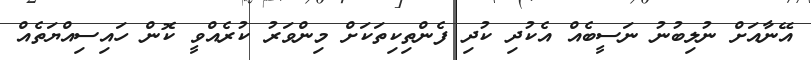
އޭނާއަށް ނުލިބުނު ނަސީބެއް އެކުދި ކުދި ފެންތިކިތަކަށް މިންވަރު ކުރެއްވީ ކޮން ހައިސިއްޔަތެއް